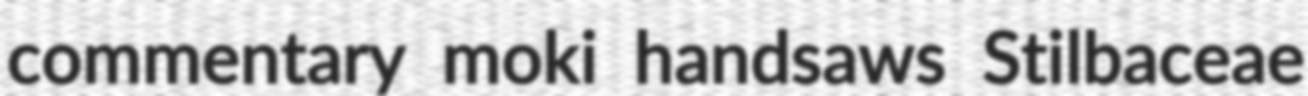
commentary moki handsaws Stilbaceae